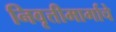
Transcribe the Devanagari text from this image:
निवृत्तीमार्गाचे